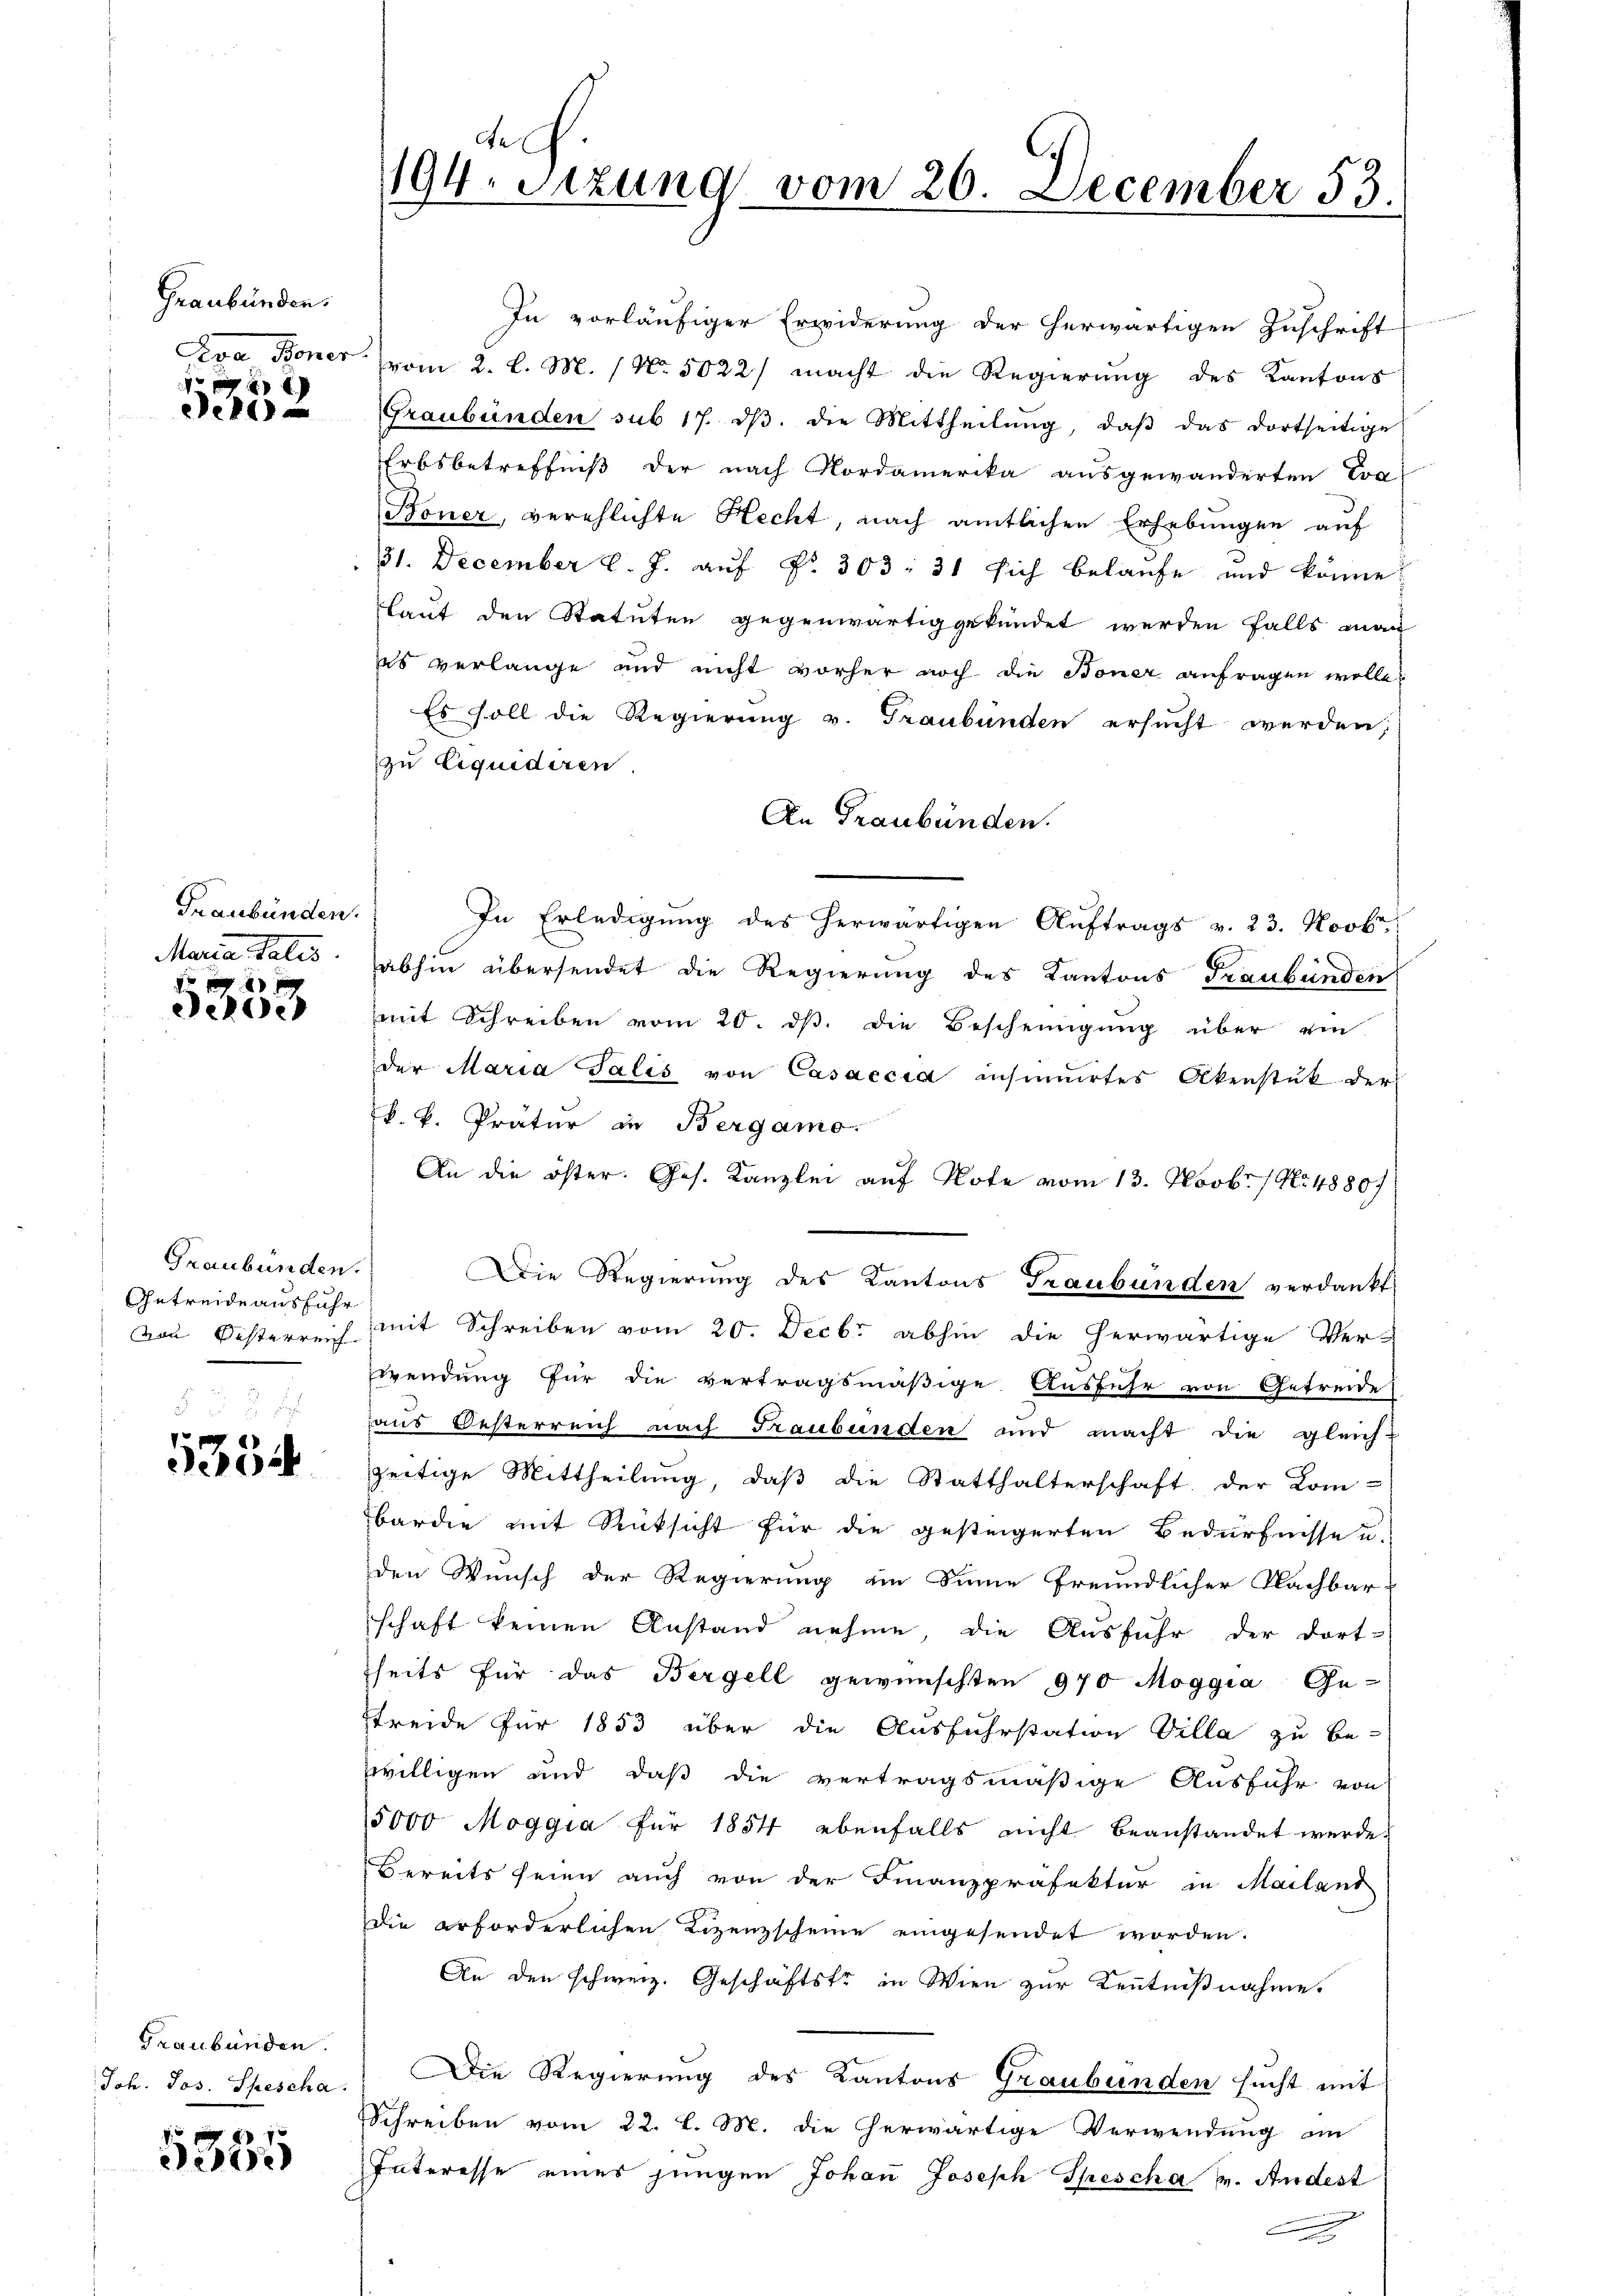
Graubünden.
Eva Boner

i
u
ef

Graubünden.
Maria Salis

2 x
Perde

Graubünden.
Getreide ausfuhr
von Oesterreich

e
de

Graubünden.
Joh. Jos. Spescha

5355

del
194. Sitzung vom 26. December 53.

In vorläufiger Erwiderung der herwärtigen Zuschrift
vom 2. l. M. 1 No 5022/ macht die Regierung des Kantons
Graubünden sub 17. dβ. die Mittheilŭng, daβ das dortseitige
Erbsbetreffniß der nach Nordamerika ausgewänderten Eva
Boner, verehlichte Hecht, nach amtlichen Erhebungen auf
31. December l. J. auf Nr. 303. 31 sich belaufe und könne.
Laut den Statuten gegenwärtig gekündet werden falls mach
as verlange und nicht vorher noch die Boner anfragen wolle?
Es soll die Regierung v. Graubünden ersucht werden;
zu Liquidiren
An Graubünden.
In Erledigung des herwärtigen Auftrags v. 23. Novbr.
abhin übersendet die Regierung des Kantons Graubünden
mit Schreiben vom 20. dβ. die Bescheinigung über ein
der Maria Salis von Casaccia insinuirtes Akenstük der
k. k. Pratur in Bergamo
An die öster. Ges. Kanzlei auf Note vom 13. Novbr. 1 No 48807
Die Regierung des Kantons Graubünden verdankt
mit Schreiben vom 20. Decbr abhin die herwärtige Ver-
Wendung für die vertragsmäßige Ausführ von Gefreide
aus Oesterreich nach Graubünden und macht die gleich-
zeitige Mittheilung, daß die Statthalterschaft der Kom-
barden mit Rücksicht für die gesteigerten Bedürfnisse u
den Wunsch der Regierung im Sinne freundlicher Nachbar-
schaft keinen Anstand nehme, die Ausfuhr der dort-
seits für das Bergell gewünschten 970 Moggia Ge-
streide für 1853 über die Ausfuhrstation Villa zu be-
willigen und daß die vertragsmäßige Ausfuhr von
15000 Moggia für 1854 ebenfalls nicht beanstandet werde.
Bereits seien auch von der Finanzpräfektur in Mailand
Die erforderlichen Lizenzscheine eingesendet worden.
An den schweiz. Geschäftstr in Wien zur Kenntnißnahme.
Die Regierung des Kantons Graubünden sucht mit
Schreiben vom 22. l. M. die herwärtige Verwendung an
Interesse eines jungen Johaṅ Joseph Spescha v. Andest
.